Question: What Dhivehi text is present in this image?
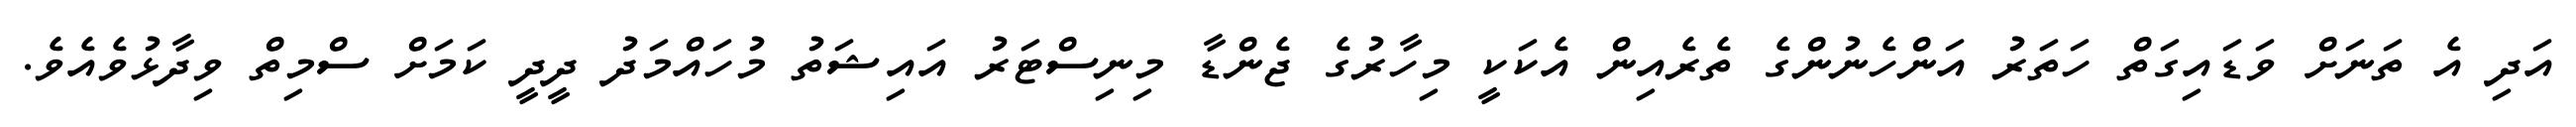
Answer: އަދި އެ ތަނަށް ވަޑައިގަތް ހަތަރު އަންހެނުންގެ ތެރެއިން އެކަކީ މިހާރުގެ ޖެންޑާ މިނިސްޓަރު އައިޝަތު މުހައްމަދު ދީދީ ކަމަށް ސްމިތް ވިދާޅުވެއެވެ.